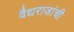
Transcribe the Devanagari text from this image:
वैद्यराजांची